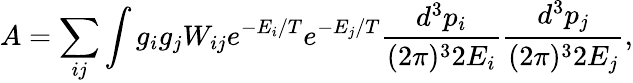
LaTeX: A=\sum_{ij}\int g_{i}g_{j}W_{ij}e^{-E_{i}/T}e^{-E_{j}/T}\frac{d^{3}p_{i}}{(2\pi)^{3}2E_{i}}\frac{d^{3}p_{j}}{(2\pi)^{3}2E_{j}},